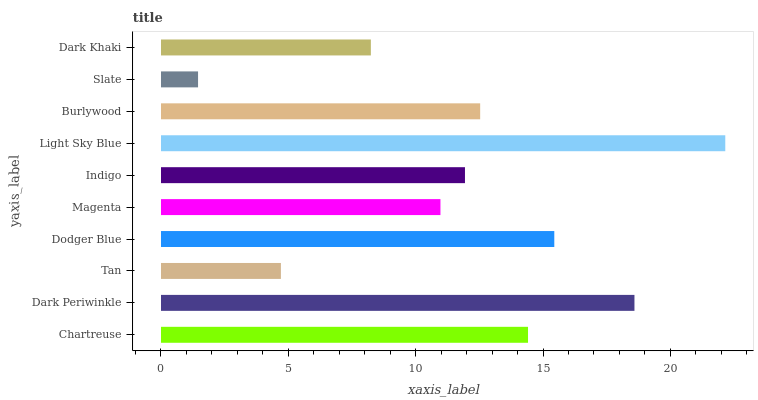
| yaxis_label | bars |
 | --- | --- |
 | Chartreuse | 14.4 |
 | Dark Periwinkle | 18.6 |
 | Tan | 4.71 |
 | Dodger Blue | 15.4 |
 | Magenta | 11 |
 | Indigo | 11.9 |
 | Light Sky Blue | 22.2 |
 | Burlywood | 12.5 |
 | Slate | 1.46 |
 | Dark Khaki | 8.24 |